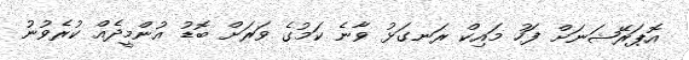
އޮޕަރޭޝަނަށް ފަހު މައިކް ރަނގަޅު ވާނެ ކަމުގެ ވަރަށް ބޮޑު އުންމީދެއް ކުރެވުނު